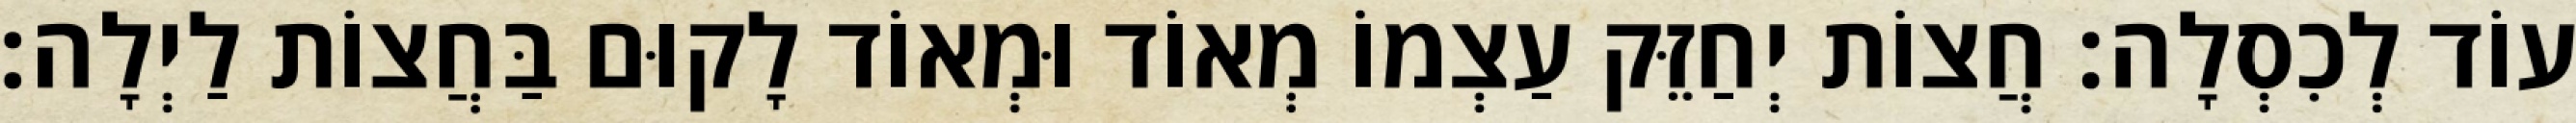
עוֹד לְכִסְלָה: חֲצוֹת יְחַזֵּק עַצְמוֹ מְאוֹד וּמְאוֹד לָקוּם בַּחֲצוֹת לַיְלָה: